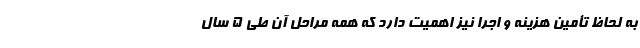
به لحاظ تأمین هزینه و اجرا نیز اهمیت دارد که همه مراحل آن طی 5 سال